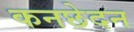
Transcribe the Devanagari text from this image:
कनछेदन